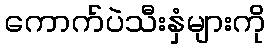
ကောက်ပဲသီးနှံများကို